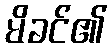
မိခင်၏